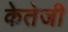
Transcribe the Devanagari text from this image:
केतेजी